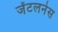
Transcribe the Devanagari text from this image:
जेंटलनेस